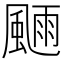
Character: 𩗿